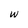
Character: w